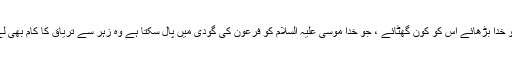
مگر جس کو خدا بڑھائے اس کو کون گھٹائے ، جو خدا موسیٰٰ علیہ السلام کو فرعون کی گودی میں پال سکتا ہے وہ زہر سے تریاق کا کام بھی لے سکتا ہے۔